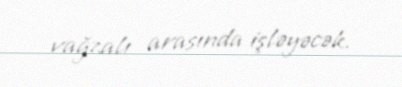
vağzalı arasında işləyəcək.